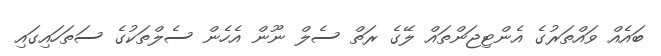
ބައެއް ވައްތަރުގެ އެންޓިޖަންތައް ލޭގެ ރަތް ސެލް ނޫން އެހެން ސެލްތަކުގެ ސަތަހަައިގައި